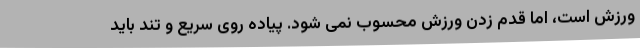
ورزش است، اما قدم زدن ورزش محسوب نمی شود. پیاده روی سریع و تند باید